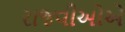
રાજવીઓએ